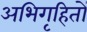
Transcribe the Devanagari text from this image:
अभिगृहितों